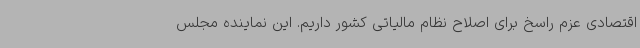
اقتصادی عزم راسخ برای اصلاح نظام مالیاتی کشور داریم. این نماینده مجلس